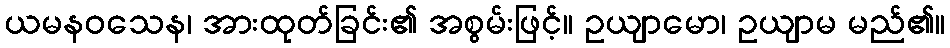
ယမနဝသေန၊ အားထုတ်ခြင်း၏ အစွမ်းဖြင့်။ ဥယျာမော၊ ဥယျာမ မည်၏။